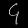
Digit: ၄